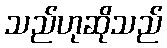
သည်ဟုဆိုသည်